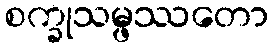
စက္ခုသမ္ဖဿတော